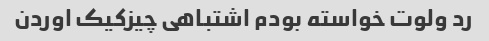
رد ولوت خواسته بودم اشتباهی چیزکیک اوردن